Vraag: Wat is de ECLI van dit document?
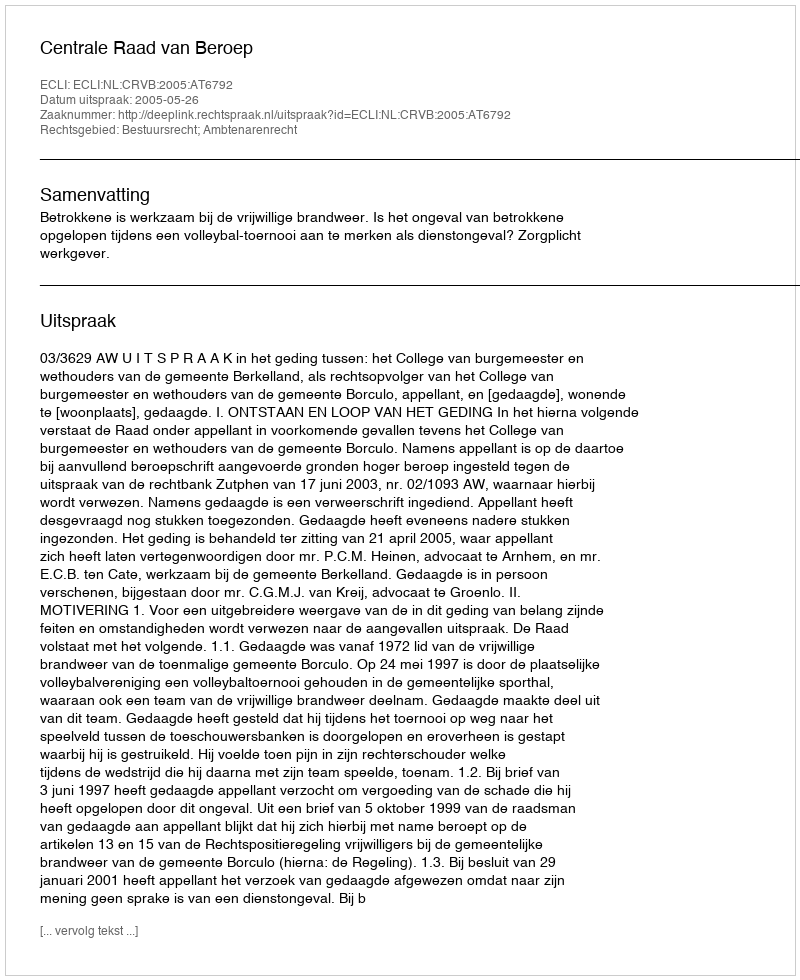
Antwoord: ECLI:NL:CRVB:2005:AT6792